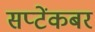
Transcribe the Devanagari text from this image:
सप्टेंकबर